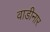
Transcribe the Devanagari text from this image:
वाडीनार